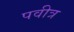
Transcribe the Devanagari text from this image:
पवीत्र